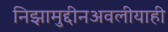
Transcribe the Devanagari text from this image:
निझामुद्दीनअवलीयाही